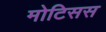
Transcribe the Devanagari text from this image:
मोटिसस